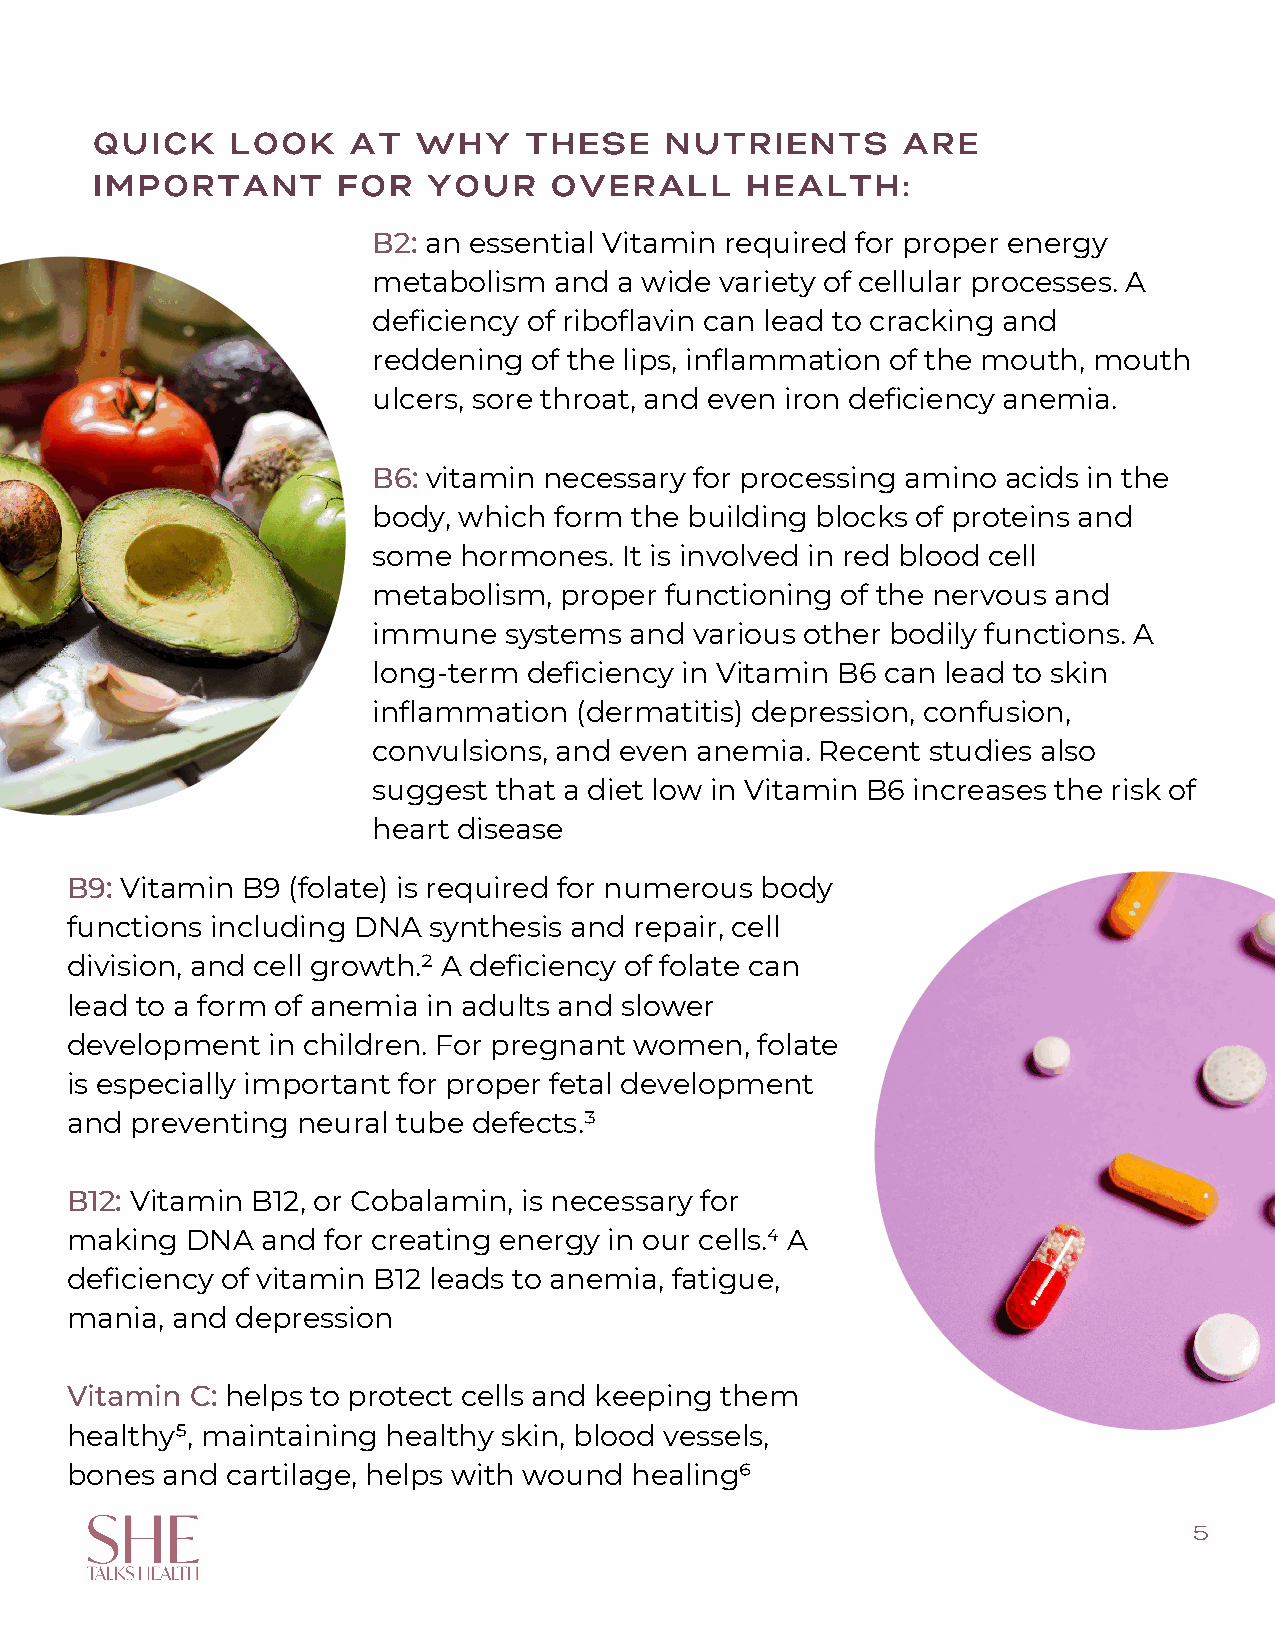
QUICK    LOOK    AT   WHY    THESE    NUTRIENTS       ARE
 IMPORTANT       FOR   YOUR     OVERALL     HEALTH:
 B2: an essential Vitamin required for proper energy
 metabolism  and a wide variety of cellular processes. A
 deficiency of riboflavin can lead to cracking and
 reddening of the lips, inflammation of the mouth, mouth
 ulcers, sore throat, and even iron deficiency anemia.
 B6: vitamin necessary for processing amino acids in the
 body, which form the building blocks of proteins and
 some hormones.  It is involved in red blood cell
 metabolism, proper functioning of the nervous and
 immune  systems  and various other bodily functions. A
 long-term deficiency in Vitamin B6 can lead to skin
 inflammation (dermatitis) depression, confusion,
 convulsions, and even anemia. Recent studies also
 suggest that a diet low in Vitamin B6 increases the risk of
 heart disease
 B9: Vitamin B9 (folate) is required for numerous body
 functions including DNA synthesis and repair, cell
 division, and cell growth.² A deficiency of folate can
 lead to a form of anemia in adults and slower
 development   in children. For pregnant women, folate
 is especially important for proper fetal development
 and  preventing neural tube defects.³
 B12: Vitamin B12, or Cobalamin, is necessary for
 making  DNA  and for creating energy in our cells.⁴ A
 deficiency of vitamin B12 leads to anemia, fatigue,
 mania, and  depression
 Vitamin  C: helps to protect cells and keeping them
 healthy⁵, maintaining healthy skin, blood vessels,
 bones  and cartilage, helps with wound healing⁶
 5